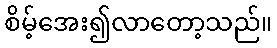
စိမ့်အေး၍လာတော့သည်။